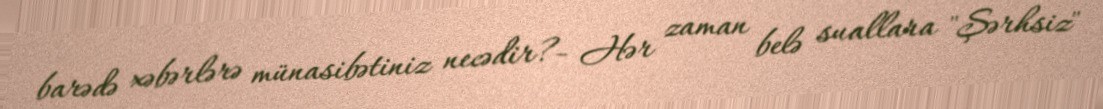
barədə xəbərlərə münasibətiniz necədir?- Hər zaman belə suallara "Şərhsiz"